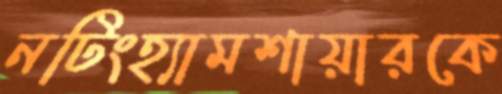
নটিংহ্যামশায়ারকে